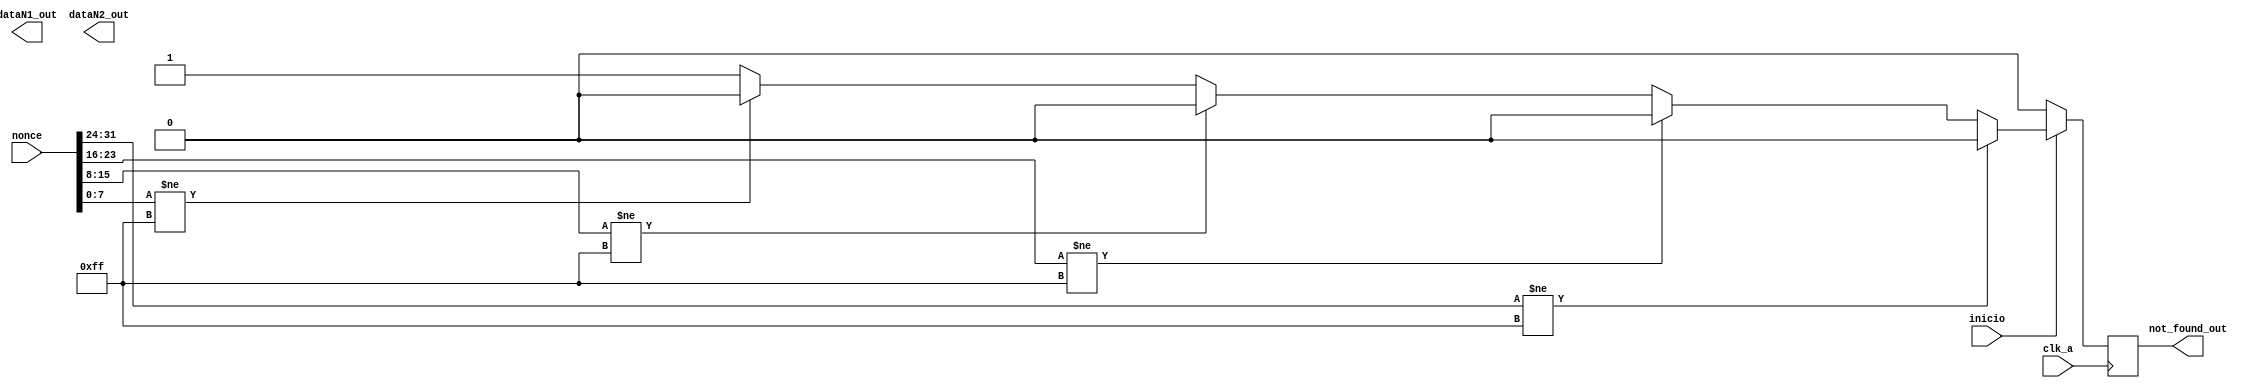
module nonce_count( output reg [0:7] dataN1_out, dataN2_out,
		    output reg 	      not_found_out,
		    input wire [0:31] nonce,
		    input wire 	      clk_a, inicio );

   // ncount_out[0:7] = ||||| 
   always @( posedge clk_a ) begin
      if( inicio ) begin
	 ncount_out[8:15] <= 8'h01;
	 ncount_out[16:17] <= 2'b00;
	 if( nonce[0:7] != 8'hff ) begin
	    ncount_out[0:7] <= nonce[0:7];
	    ncount_out[18:22] <= 5'b00000;
	    not_found_out <= 1'b0;
	 end
	 else begin
	    if( nonce[8:15] != 8'hff ) begin
	       ncount_out[0:7] <= nonce[8:15];
	       ncount_out[18:22] <= 5'b00001;
	       not_found_out <= 1'b0;
	    end
	    else begin
	       if( nonce[16:23] != 8'hff ) begin
		  ncount_out[0:7] <= nonce[16:23];
		  ncount_out[18:22] <= 5'b00010;
		  not_found_out <= 1'b0;
	       end
	       else begin
		  if( nonce[24:31] != 8'hff ) begin
		     ncount_out[0:7] <= nonce[24:31];
		     ncount_out[18:22] <= 5'b00011;
		     not_found_out <= 1'b0;
		  end
		  else begin
		     ncount_out[0:7] <= 8'hfe;
		     ncount_out[18:22] <= 5'b00011;
		     not_found_out <= 1'b1;
		  end
	       end // else: !if( nonce[16:23] != 8'hff )
	    end // else: !if( nonce[8:15] != 8'hff )
	 end // else: !if( nonce[0:7] != 8'hff )
      end // if ( inicio )
      else begin
	 ncount_out[0:7] <= 8'h00;
	 ncount_out[8:15] <= 8'h00;
	 ncount_out[16:17] <= 2'b00;
	 ncount_out[18:22] <= 5'b00000;
	 not_found_out <= 1'b0;
      end
   end // always @ ( posedge clk_a )
   
endmodule